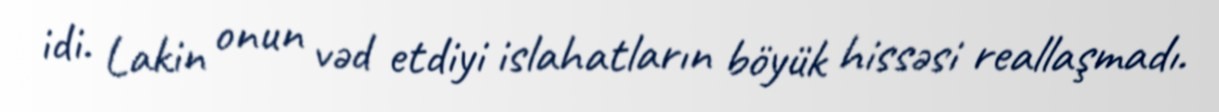
idi. Lakin onun vəd etdiyi islahatların böyük hissəsi reallaşmadı.